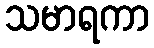
သမာရကာ